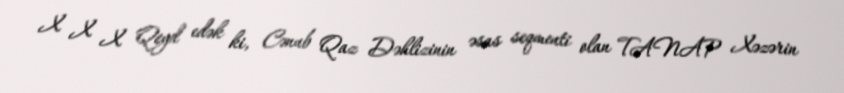
X X X Qeyd edək ki, Cənub Qaz Dəhlizinin əsas seqmenti olan TANAP Xəzərin